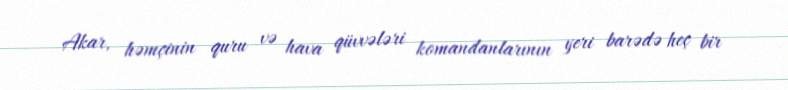
Akar, həmçinin quru və hava qüvvələri komandanlarının yeri barədə heç bir